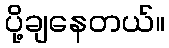
ပို့ချနေတယ်။